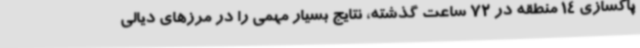
پاکسازی 14 منطقه در 72 ساعت گذشته، نتایج بسیار مهمی را در مرزهای دیالی